Election expenses, 1925, 1925
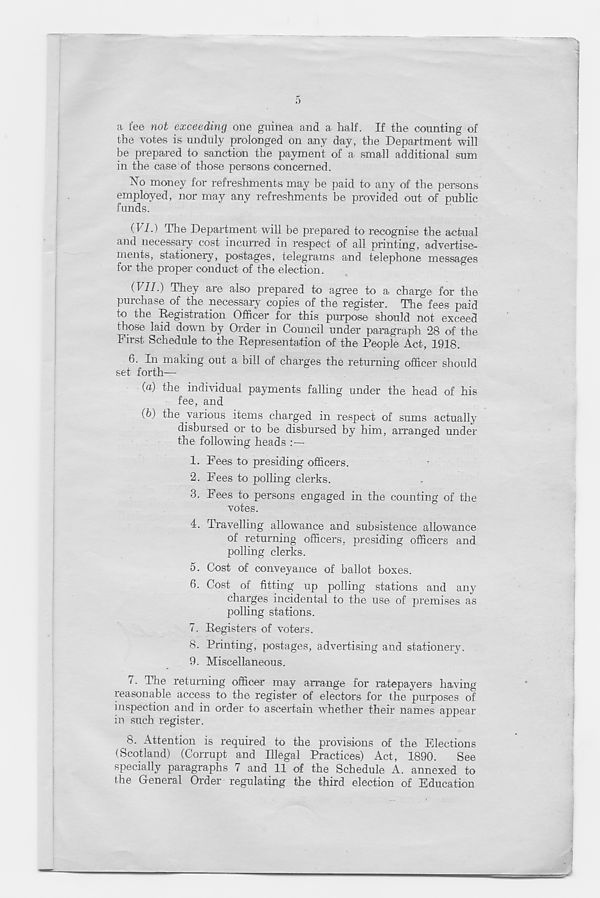
a fee not exceeding one guinea and a half. If the counting of
the votes is unduly prolonged on any day, the Department will
be prepared to sanction the payment of a small additional sum
in the case of those persons concerned.
No money for refreshments may be paid to any of the persons
employed, nor may any refreshments be provided out of public
funds.
(17.) The Department will be prepared to recognise the actual
and necessary cost incurred in respect of all printing, advertise-
ments, stationery, postages, telegrams and telephone messages
for the proper conduct of the election.
(177.) They are also prepared to agree to a charge for the
purchase of the necessary copies of the register. The fees paid
to the Registration Officer for this purpose should not exceed
those laid down by Order in Council under paragraph 28 of the
First Schedule to the Representation of the People Act, 1918.
6. In making out a bill of charges the returning officer should
set forth—
(a) the individual payments falling under the head of his
fee, and
(b) the various items charged in respect of sums actually
disbursed or to be disbursed by him, arranged under
the following heads :—
1. Fees to presiding officers.
2. Fees to polling clerks.
3. Fees to persons engaged in the counting of the
votes.
4. Travelling allowance and subsistence allowance
of returning officers, presiding officers and
polling clerks.
5. Cost of conveyance of ballot boxes.
6. Cost of fitting up polling stations and any
charges incidental to the use of premises as
polling stations.
7. Registers of voters.
8. Printing, postages, advertising and stationery.
9. Miscellaneous.
7. The returning officer may arrange for ratepayers having-
reasonable access to the register of electors for the purposes of
inspection and in order to ascertain whether their names appear
in such register.
8. Attention is required to the provisions of the Elections
(Scotland) (Corrupt and Illegal Practices) Act, 1890.
See
specially paragraphs 7 and 11 of the Schedule A. annexed to
the General Order regulating the third election of Education